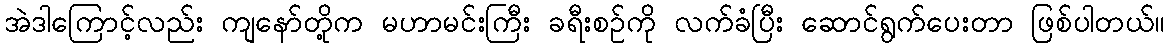
အဲဒါကြောင့်လည်း ကျနော်တို့က မဟာမင်းကြီး ခရီးစဉ်ကို လက်ခံပြီး ဆောင်ရွက်ပေးတာ ဖြစ်ပါတယ်။